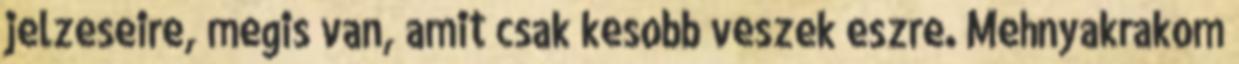
jelzeseire, megis van, amit csak kesobb veszek eszre. Mehnyakrakom